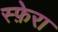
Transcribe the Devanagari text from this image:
स्फ़ेरा